Civil Veterinary Dept. North-West Frontier Province 1901-22 - 1901-1922
Year: 1901
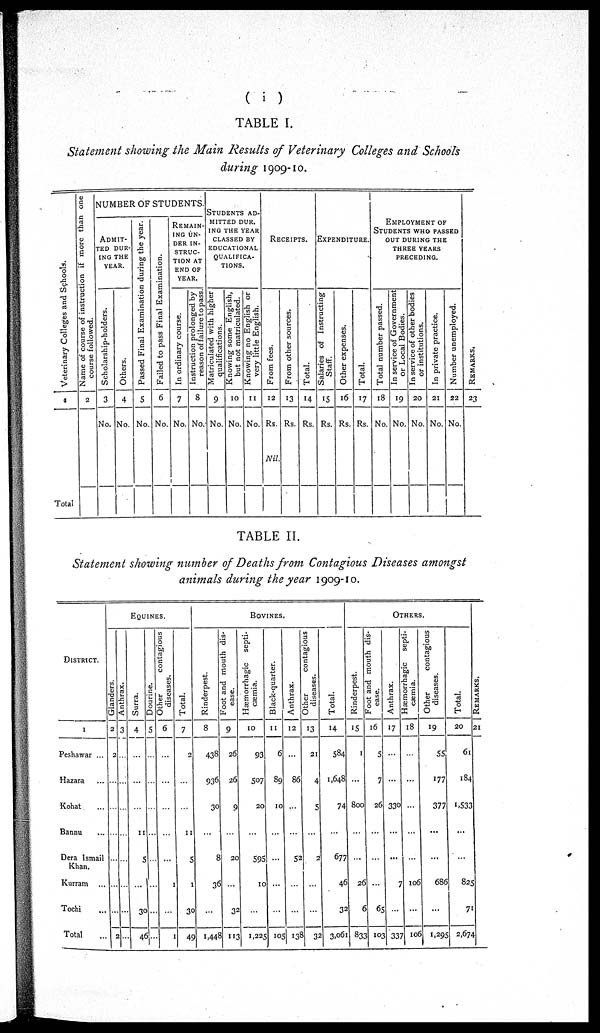
(i)
TABLE I.
Statement showing the Main Results of Veterinary Colleges and Schools
during 1909-10.
Veterinary Colleges and Schools.
1
Total
Name of course of instruction if more than one
course followed.
2
NUMBER OF STUDENTS.
ADMIT-
---
DUR-
ING THE
YEAR.
Scholarship-holders.
3
No.
Others.
4
No.
Passed Final Examination during the year.
5
No.
Failed to pass Final Examination.
6
No.
REMAIN-
---
UN-
---
IN-
STRUC-
TION AT
END OF
YEAR.
In ordinary course.
7
No.
Instruction prolonged by
reason of failure to pass.
8
No.
STUDENTS AD-
------ DUR¬
ING THE YEAR
CLASSED BY
EDUCATIONAL
----------
TIONS.
Matriculated with higher
qualifications.
9
No.
Knowing some English,
but not matriculated.
10
No.
Knowing no English or
very little English.
11
No.
RECEIPTS.
From fees.
12
Rs.
Nil.
From other sources.
13
Rs.
Total.
14
Rs.
EXPENDITURE.
Salaries of Instructing
Staff.
15
Rs.
Other expenses.
16
Rs.
Total.
17
Rs.
EMPLOYMENT OF
STUDENTS WHO PASSED
OUT DURING THE
THREE YEARS
PRECEDING.
Total number passed.
18
No.
In service of Government
or Local Bodies.
19
No.
In service of other bodies
or institutions.
20
No.
In private practice.
21
No.
Number unemployed.
22
No.
RE MARKS .
23
TABLE II.
Statement showing number of Deaths from Contagious Diseases amongst
animals during the year 1909-10.
DISTRICT.
1
Peshawar ...
Hazara ...
Kohat
...
Bannu ...
Dera Ismail
Khan.
Kurram ...
Tochi ...
Total ...
EQUINES.
Glanders.
2
2
...
...
...
...
...
...
2
Anthrax.
3
...
...
...
...
...
...
...
...
Surra.
4
...
...
...
11
5
...
30
46
Dourine.
5
...
...
...
...
...
...
...
...
Other
contagious
diseases.
6
...
...
...
...
...
1
...
1
Total.
7
2
...
...
11
5
1
30
49
BOVINES
Rinderpest.
8
438
936
30
...
8
36
...
1,448
Foot and mouth dis-
ease.
9
26
26
9
...
20
...
32
113
Hæmorrhagic septi-
cæmia.
10
93
507
20
...
595
10
...
1,225
Black-quarter.
11
6
89
10
...
...
...
...
105
Anthrax.
12
...
86
...
...
52
...
...
138
Other
contagious
diseases.
13
21
4
5
...
2
...
...
32
Total.
14
584
1,648
74
...
677
46
32
3,061
OTHERS.
Rinderpest.
15
1
...
800
...
...
26
6
833
Foot and mouth dis-
ease.
16
5
7
26
...
...
...
65
103
Anthrax.
17
...
...
330
...
...
7
...
337
Hæmorrhagic
septi-
cæmia.
18
...
...
...
...
...
106
...
106
Other
contagious
diseases.
19
55
177
377
...
...
686
...
1,295
Total.
20
61
184
1,533
...
...
825
71
2,674
RE MARKS .
21